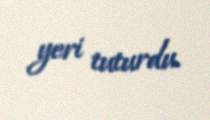
yeri tuturdu.